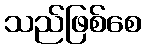
သည်ဖြစ်စေ